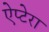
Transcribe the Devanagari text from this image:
ऐप्टेरा